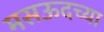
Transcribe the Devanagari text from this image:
मसऊदच्या